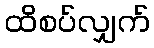
ထိစပ်လျှက်